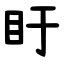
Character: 盱